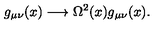
g _ { \mu \nu } ( x ) \longrightarrow \Omega ^ { 2 } ( x ) g _ { \mu \nu } ( x ) .